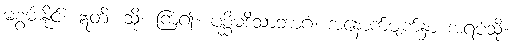
မစွမ်းနိုင်။ ဣတိ၊ သို့။ ကြံ၍။ ပစ္ဆိမဒိသာဘာဂံ၊ အနောက်မျက်နှာ အရပ်သို့။